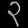
Digit: ၃